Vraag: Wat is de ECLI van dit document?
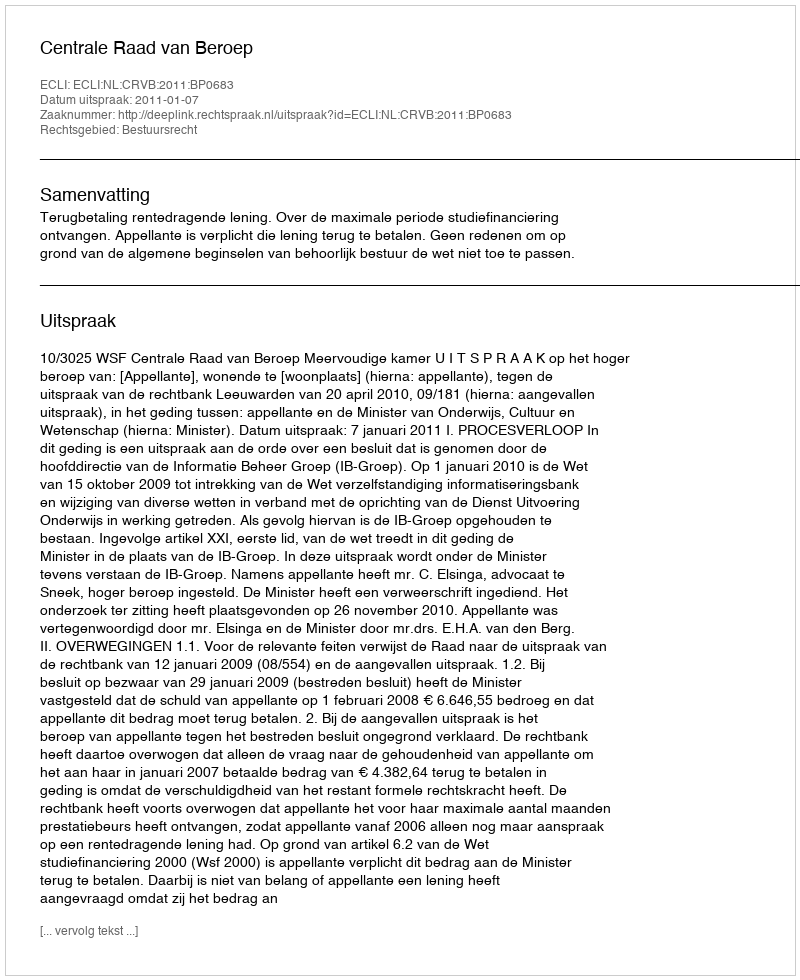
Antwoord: ECLI:NL:CRVB:2011:BP0683